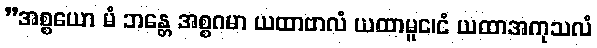
”အစ္စယော မံ ဘန္တေ အစ္စဂမာ ယထာဗာလံ ယထာမူင၊ငံ ယထာအကုသလံ